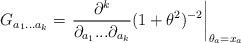
LaTeX: \begin{align*}G_{a_1...a_k} = \left. \frac{\partial^k}{\partial_{a_1}...\partial_{a_k}}(1 + \theta^2)^{-2} \right|_{\theta_a=x_a}\end{align*}